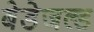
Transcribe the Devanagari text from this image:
बेडेजल्ड